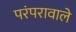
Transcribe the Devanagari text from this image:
परंपरावाले